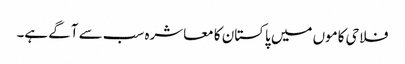
فلاحی کاموں میں پاکستان کا معاشرہ سب سے آگے ہے۔